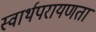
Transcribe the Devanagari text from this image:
स्वार्थपरायणता